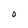
Character: O